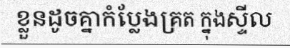
ខ្លួនដូចគ្នាកំប្លែងគ្រត ក្នុងស្ទីល